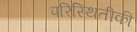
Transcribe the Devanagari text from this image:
परिस्थितीकी